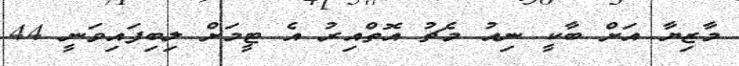
މާޒިޔާ އަށް ބާކީ ނިއު މެޗު އޮތްއިރު އެ ޓީމަށް ލިބިފައިވަނީ 44